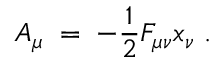
A _ { \mu } \; = \; - \frac { 1 } { 2 } F _ { \mu \nu } x _ { \nu } \; .